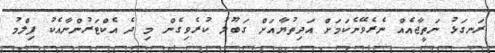
ރަނގަޅު ނަތީޖާއެއް ނެރެވޭނެކަމަށް އަދިތުޔާއަށް ގަބޫލު ކުރެވިގެން މި ދެ އެކްޓަރުންނާއެކު ފިލްމު